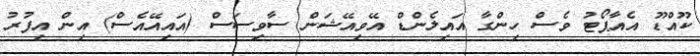
ކޫއްޑޫ އެއާޕޯޓު ވެސް ހިންގާ އައިލެންޑް އޭވިއޭޝަން ސާވިސަސް (އައިއޭއެސް) އިން އިފުރު